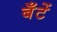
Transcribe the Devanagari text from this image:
बँटें